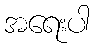
အရေးပါ